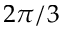
2 \pi / 3